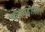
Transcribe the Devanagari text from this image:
कायाहीनता